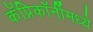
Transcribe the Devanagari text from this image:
कॅप्रिकॉर्नीमध्ये